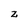
Character: Z